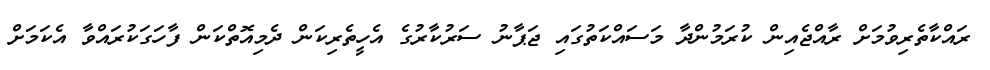
ރައްކާތެރިވުމަށް ރާއްޖެއިން ކުރަމުންދާ މަސައްކަތުގައި ޖަޕާނު ސަރުކާރުގެ އެހީތެރިކަން ދެމިއޮތްކަން ފާހަގަކުރައްވާ އެކަމަށް